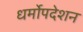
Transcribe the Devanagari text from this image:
धर्मोपदेशन